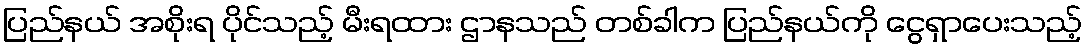
ပြည်နယ် အစိုးရ ပိုင်သည့် မီးရထား ဌာနသည် တစ်ခါက ပြည်နယ်ကို ငွေရှာပေးသည့်